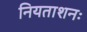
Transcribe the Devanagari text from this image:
नियताशनः